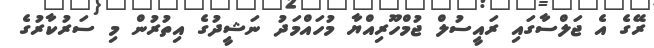
ރޭގެ އެ ޖަލްސާގައި ރައީސުލް ޖުމްހޫރިއްޔާ މުހައްމަދު ނަޝީދުގެ އިތުރުން މި ސަރުކާރުގެ